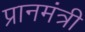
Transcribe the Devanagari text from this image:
प्रानमंत्री